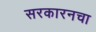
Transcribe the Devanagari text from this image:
सरकारनचा